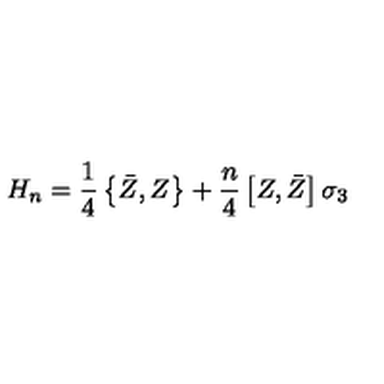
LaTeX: H _ { n } = \frac 1 4 \left\{ \bar { Z } , Z \right\} + \frac n 4 \left[ Z , \bar { Z } \right] \sigma _ { 3 }